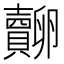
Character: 𧸷